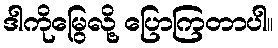
ဒါကိုမြွေလို့ ပြောကြတာပါ။